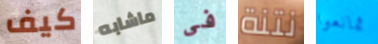
كيف ماشابه فى نتنة تمانعوا